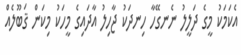
އެކަމަކު މީގެ ދަލީލު ނެނގޭހާ ހިނދަކު ޖާހިލު އާދައިގެ މީހަކު މިކަން ޤަބޫލެއް